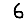
Digit: 6